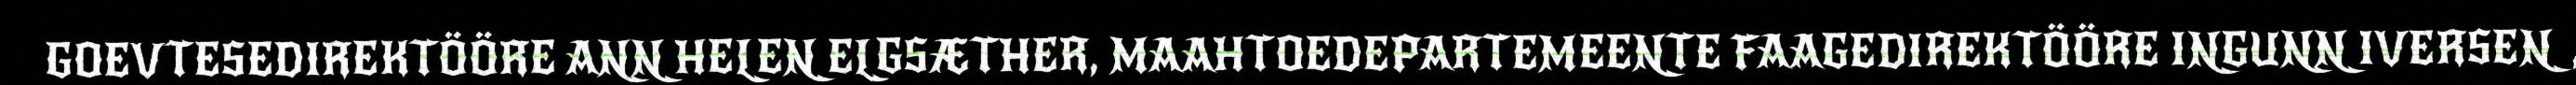
GOEVTESEDIREKTÖÖRE ANN HELEN ELGSÆTHER, MAAHTOEDEPARTEMEENTE FAAGEDIREKTÖÖRE INGUNN IVERSEN,